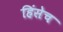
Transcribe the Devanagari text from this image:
हिंसेच